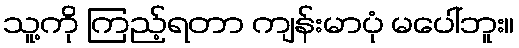
သူ့ကို ကြည့်ရတာ ကျန်းမာပုံ မပေါ်ဘူး။